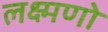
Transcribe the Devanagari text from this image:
लक्ष्मणो